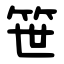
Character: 笹